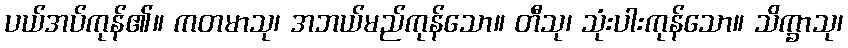
ပယ်အပ်ကုန်၏။ ကတမာသု၊ အဘယ်မည်ကုန်သော။ တီသု၊ သုံးပါးကုန်သော။ သိက္ခာသု၊